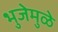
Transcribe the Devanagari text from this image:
भुजेमुळे